Leaving Certificate Examination, 1917, 1917
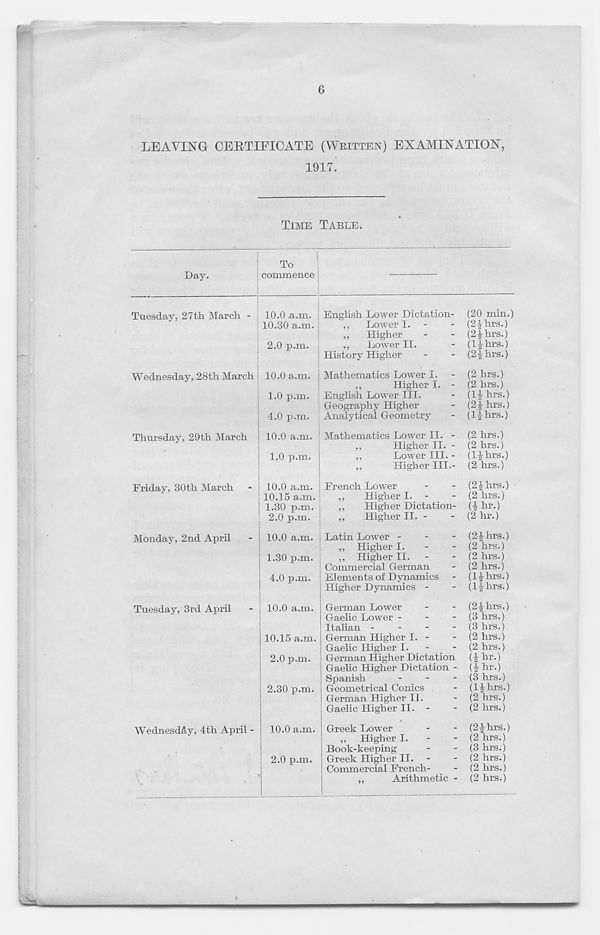
6
LEAVING CERTIFICATE (WRITTEN) EXAMINATION,
1917.
TIME TABLE.
Day.
Tuesday, 27th March -
Wednesday, 28th March
Thursday, 29th March
Friday, 30th March
Monday, 2nd April
Tuesday, 3rd April
Wednesday, 4th April -
10.0 a.m.
10.30 a.m.
2.0 p.m.
10.0 a.m.
1.0 p.m.
4.0 p.m.
10.0 a.m.
1,0 p.m.
10.0 a.m.
10.15 a.m.
1.30 p.m.
2.0 p.m.
10.0 a.m.
1.30 p.m.
4.0 p.m.
10.0 a.m.
10.15 a.m.
2.0 p.m.
2.30 p.m.
10.0 a.m.
2.0 p.m.
English Lower Dictation- (20 min.)
,,
Lower I. -
- (2-J- hrs.)
,,
Higher
-
- (2| hrs.)
,,
Lower II.
- (IJhrs.)
History Higher
-
- (2|hrs.)
Mathematics Lower I. - (2 hrs.)
„
Higher I. - (2 hrs.)
English Lower III.
- (II hrs.)
Geography Higher
- (2J- hrs.)
Analytical Geometry
- (IIhrs.)
Mathematics Lower II. - (2 hrs.)
„
Higher II. - (2 hrs.)
,,
Lower III. - (llhrs.)
,,
Higher III.- (2 hrs.)
French Lower
-
- (21 hrs.)
,,
Higher I. -
- (2 hrs.)
,,
Higher Dictation- (I hr.)
,,
Higher II. -
- (2 hr.)
Latin Lower -
-
- (21 hrs.)
„ Higher I.
-
- (2 hrs.)
,, Higher II.
-
- (2 hrs.)
Commercial German
- (2 hrs.)
Elements of Dynamics - (II hrs.)
Higher Dynamics -
- (llhrs.)
German Lower
-
- (21 hrs.)
Gaelic Lower -
-
- (3 hrs.)
Italian -
-
-
- (3 hrs.)
German Higher I. -
- (2 hrs.)
Gaelic Higher I.
-
- (2 hrs.)
German Higher Dictation (I hr.)
Gaelic Higher Dictation - (I hr.)
Spanish
-
-
- (3 hrs.)
Geometrical Conics
- (llhrs.)
German Higher II.
- (2 hrs.)
Gaelic Higher II. -
- (2 hrs.)
Greek Lower
-
- (21 hrs.)
,, Higher I.
-
- (2 hrs.)
Book-keeping
-
- (3 hrs.)
Greek Higher II. -
- (2 hrs.)
Commercial French-
- (2 hrs.)
,,
Arithmetic - (2 hrs.)